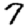
Digit: 7